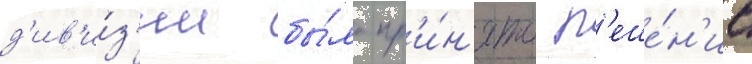
д'ив'и́з'ии бы́ло пр'и́н'ято р'еше́н'ие